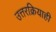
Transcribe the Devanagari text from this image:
उत्तरक्रियाही